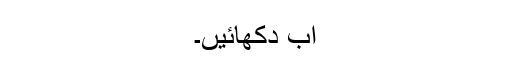
اب دکھائیں۔